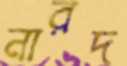
নারদ